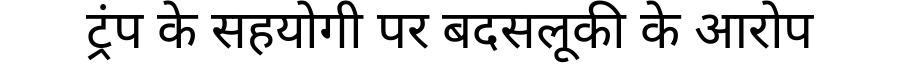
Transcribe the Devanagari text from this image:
ट्रंप के सहयोगी पर बदसलूकी के आरोप